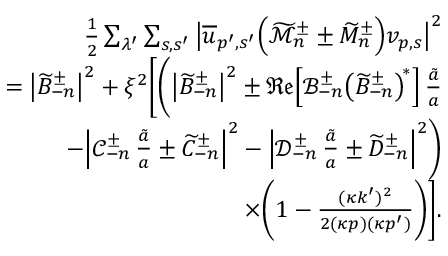
\begin{array} { r l r } & { } & { \frac { 1 } { 2 } \sum _ { \lambda ^ { \prime } } \sum _ { s , s ^ { \prime } } \big \lvert \overline { { u } } _ { p ^ { \prime } , s ^ { \prime } } \Big ( \widetilde { \mathcal { M } } _ { n } ^ { \pm } \pm \widetilde { M } _ { n } ^ { \pm } \Big ) v _ { p , s } \big \rvert ^ { 2 } } \\ & { } & { = \big \lvert \widetilde { B } _ { - n } ^ { \pm } \big \rvert ^ { 2 } + \xi ^ { 2 } \bigg [ \bigg ( \big \lvert \widetilde { B } _ { - n } ^ { \pm } \big \rvert ^ { 2 } \pm \mathfrak { R e } \! \left[ \mathcal { B } _ { - n } ^ { \pm } \! \left( \widetilde { B } _ { - n } ^ { \pm } \right) ^ { \! \ast } \right] \frac { \tilde { a } } { a } } \\ & { } & { \ \ - \Big \lvert \mathcal { C } _ { - n } ^ { \pm } \, \frac { \tilde { a } } { a } \pm \widetilde { C } _ { - n } ^ { \pm } \Big \rvert ^ { 2 } - \Big \lvert \mathcal { D } _ { - n } ^ { \pm } \, \frac { \tilde { a } } { a } \pm \widetilde { D } _ { - n } ^ { \pm } \Big \rvert ^ { 2 } \bigg ) } \\ & { } & { \ \ \times \bigg ( 1 - \frac { ( \kappa k ^ { \prime } ) ^ { 2 } } { 2 ( \kappa p ) ( \kappa p ^ { \prime } ) } \bigg ) \bigg ] . } \end{array}